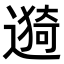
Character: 𫑁